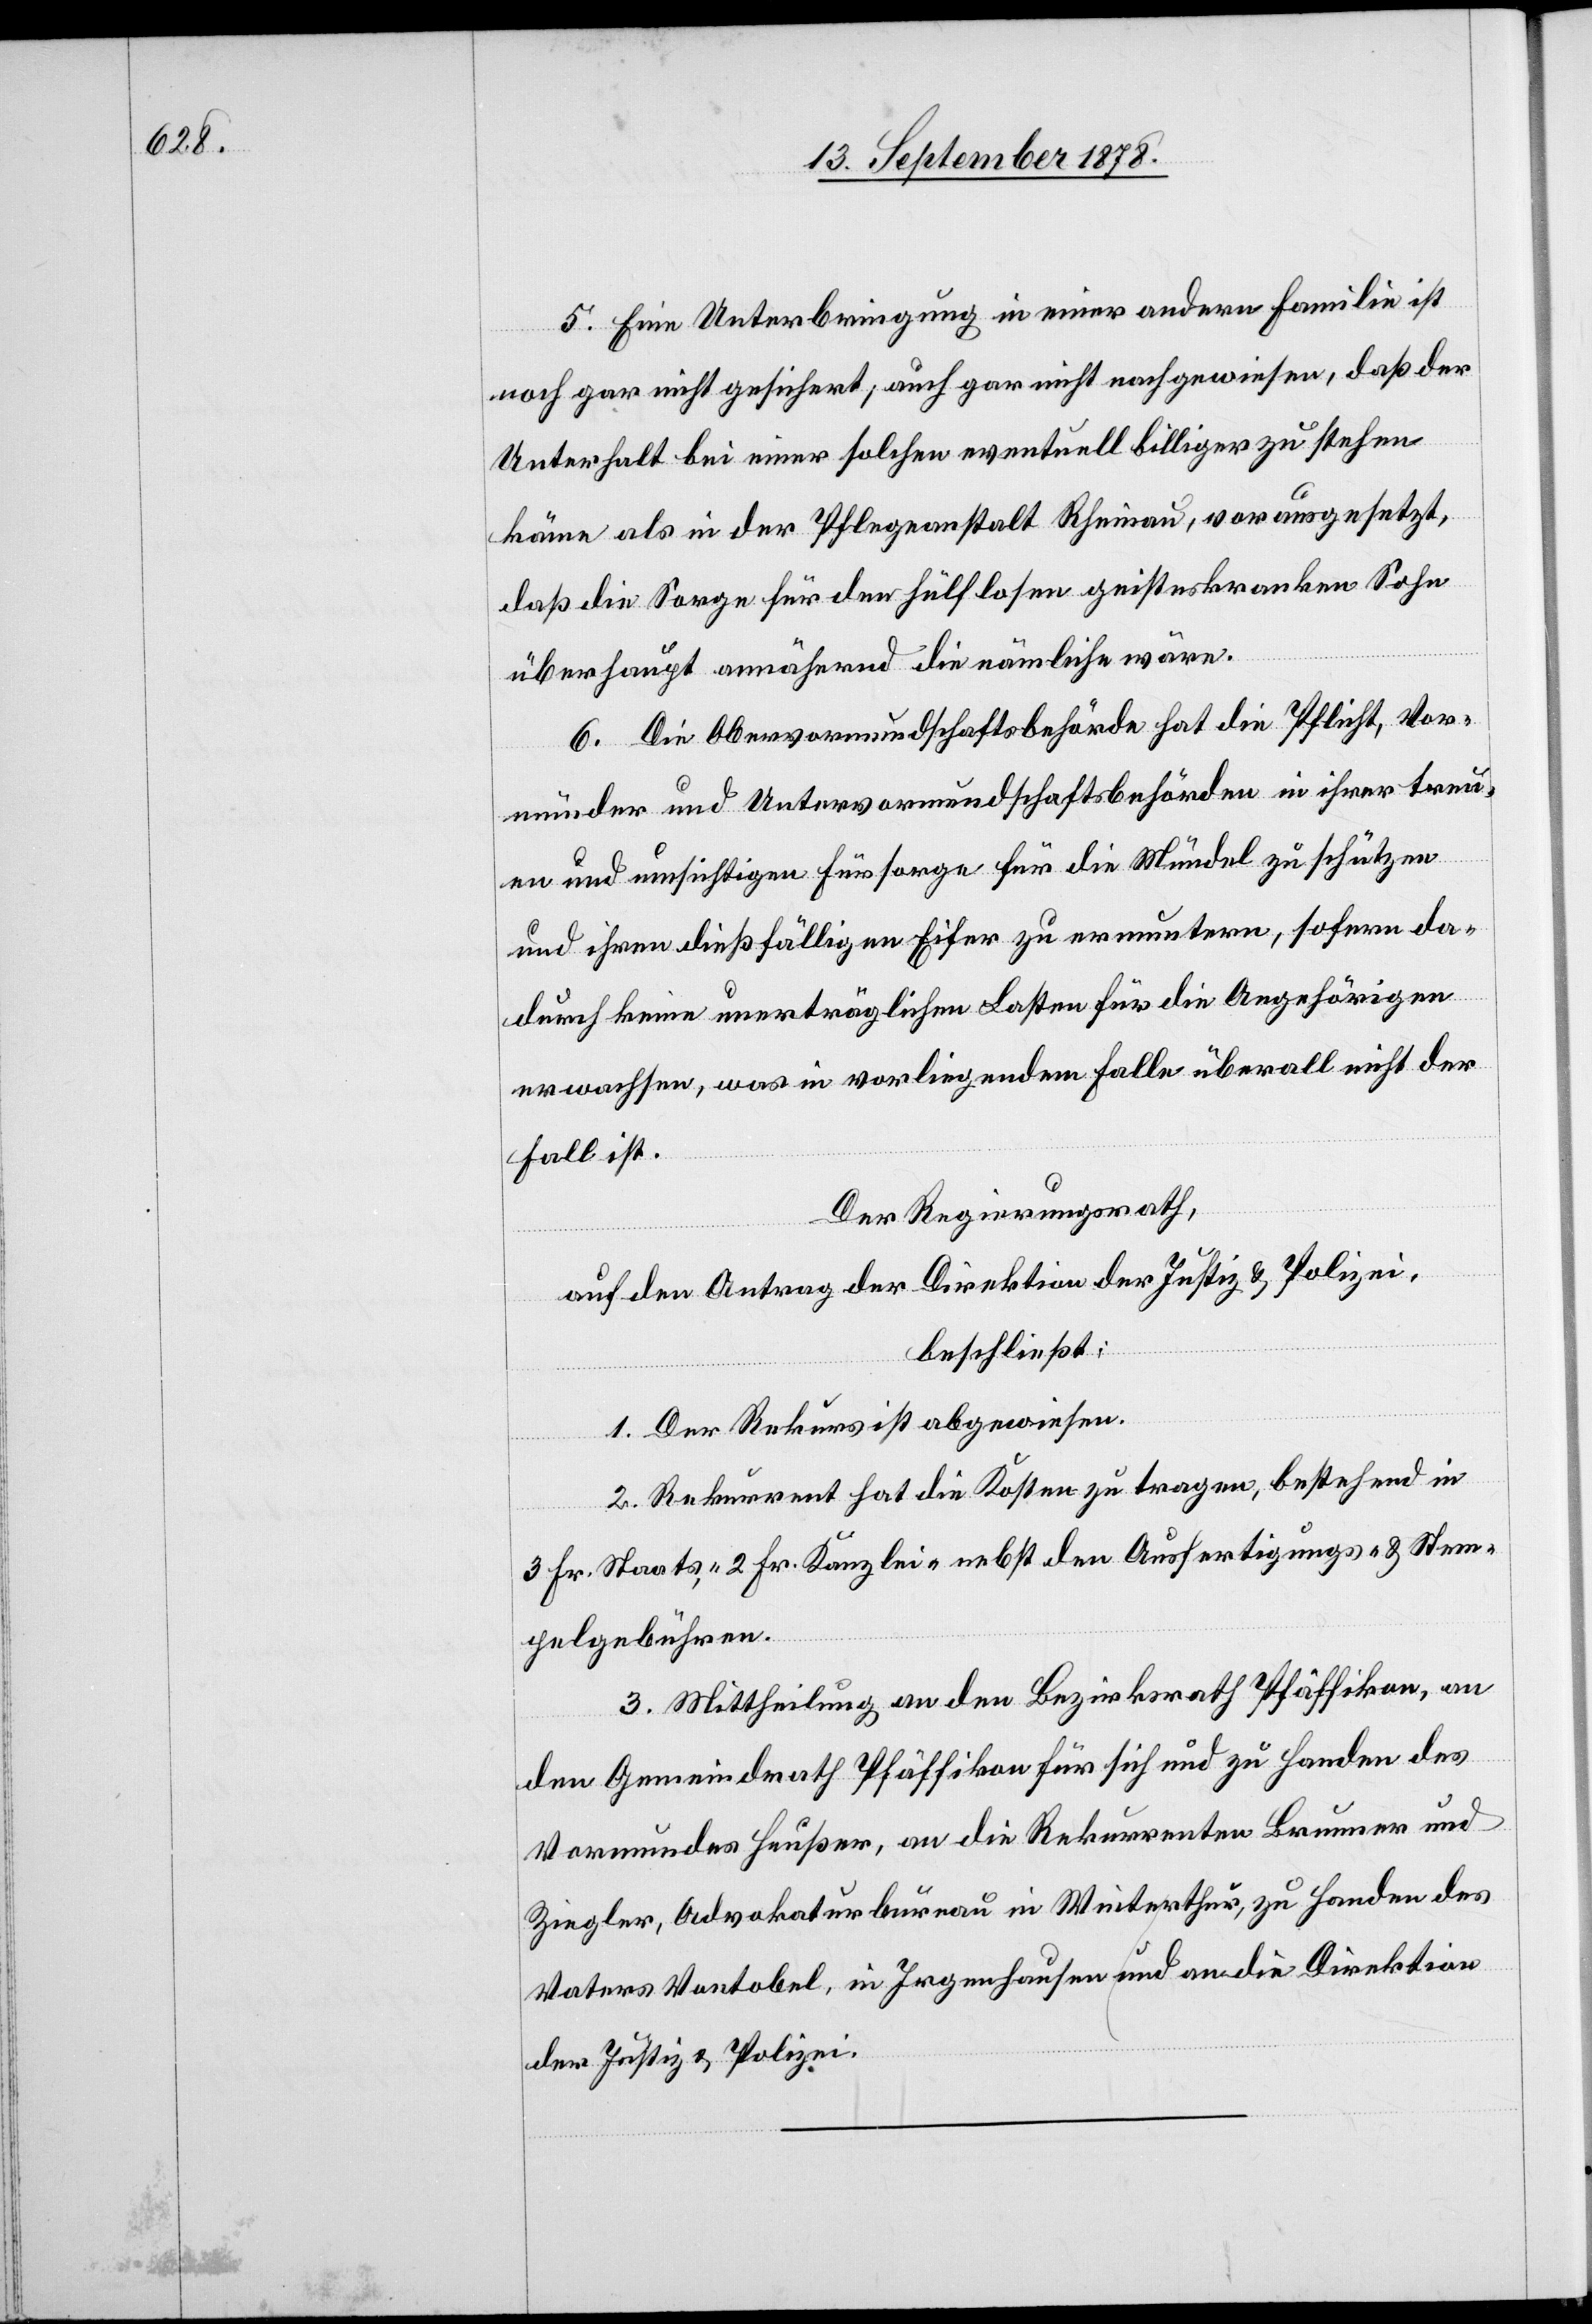
5. Eine Unterbringung in einer andern Familie ist
noch gar nicht gesichert, auch gar nicht nachgewiesen, daß der
Unterhalt bei einer solchen eventuell billiger zu stehen
käme als in der Pfleganstalt Rheinau, vorausgesetzt,
daß die Sorge für den hülflosen geisteskranken Sohn
überhaupt annähernd die nämliche wäre.
6. Die Obervormundschaftsbehörde hat die Pflicht, Vor¬
münder und Untervormundschaftsbehörden in ihrer treu¬
en und umsichtigen Fürsorge für die Mündel zu schützen
und ihren dießfälligen Eifer zu ermuntern, sofern da¬
durch keine unerträglichen Lasten für die Angehörigen
erwachsen, was in vorliegendem Falle überall nicht der
Fall ist.
Der Regierungsrath,
auf den Antrag der Direktion der Justiz & Polizei,
beschließt:
1. Der Rekurs ist abgewiesen.
2. Rekurrent hat die Kosten zu tragen, bestehend in
3 Fr. Staats-, 2 Fr. Kanzlei- nebst den Ausfertigungs- und Stem¬
pelgebühren.
3. Mittheilung an den Bezirksrath Pfäffikon, an
den Gemeindrath Pfäffikon für sich und zu Handen des
Vormundes Heußer, an die Rekurrenten Brunner und
Ziegler, Advokaturbüreau in Winterthur, zu Handen des
Vaters Vontobel, in Irgenhausen und an die Direktion
der Justiz & Polizei.